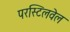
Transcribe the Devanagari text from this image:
परस्टिलवेल